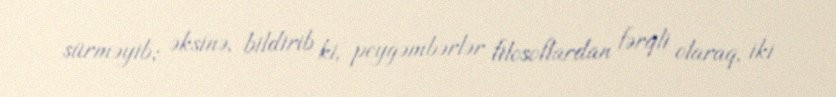
sürməyib; əksinə, bildirib ki, peyğəmbərlər filosoflardan fərqli olaraq, iki